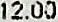
12.00